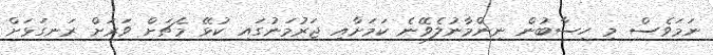
ނަމަވެސް މި ހިސާބުން ނިންމާނުލެވޭނެ ކަމަށާއި ޖަރުމަނުގައި ކުޅޭ މެޗަށް ވަރަށް ރަނގަޅަށް